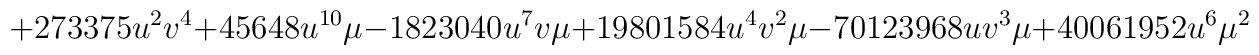
+273375u^2 v^4 +45648u^{10}\mu -1823040u^7 v\mu +19801584u^4 v^2	 \mu -70123968uv^3 \mu +40061952u^6{\mu}^2